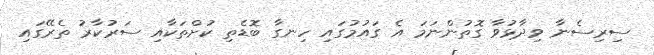
ސިރިސެނާ ވިދާޅުވާ ގޮތުންނަމަ އެ ގައުމުގައި ހިނގާ ބޮޑެތި ކުށްތަކާއި ސަރުކާރު ތެރޭގައި